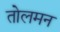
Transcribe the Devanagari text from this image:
तोलमन